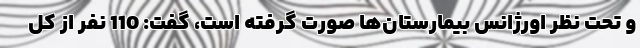
و تحت نظر اورژانس بیمارستان‌ها صورت گرفته است، گفت: 110 نفر از کل